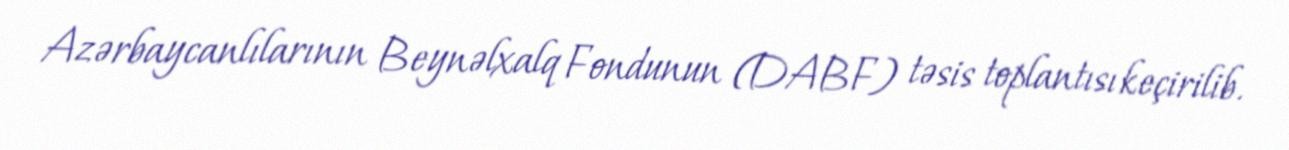
Azərbaycanlılarının Beynəlxalq Fondunun (DABF) təsis toplantısı keçirilib.